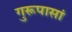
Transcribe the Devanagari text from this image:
गुरूपासां